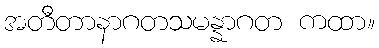
အတီတာနာဂတသမန္နာဂတ ကထာ။